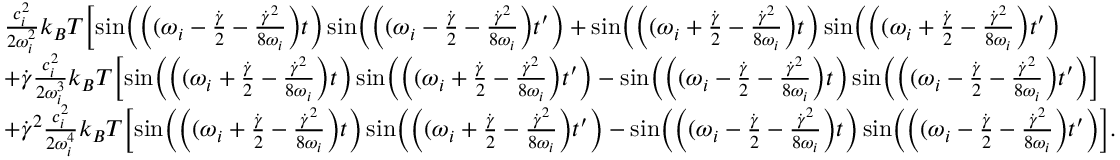
\begin{array} { r l } & { \frac { c _ { i } ^ { 2 } } { 2 \omega _ { i } ^ { 2 } } k _ { B } T \Bigl [ \sin \Bigl ( \Bigl ( ( \omega _ { i } - \frac { \dot { \gamma } } { 2 } - \frac { \dot { \gamma } ^ { 2 } } { 8 \omega _ { i } } \Bigr ) t \Bigr ) \sin \Bigl ( \Bigl ( ( \omega _ { i } - \frac { \dot { \gamma } } { 2 } - \frac { \dot { \gamma } ^ { 2 } } { 8 \omega _ { i } } \Bigr ) t ^ { \prime } \Bigr ) + \sin \Bigl ( \Bigl ( ( \omega _ { i } + \frac { \dot { \gamma } } { 2 } - \frac { \dot { \gamma } ^ { 2 } } { 8 \omega _ { i } } \Bigr ) t \Bigr ) \sin \Bigl ( \Bigl ( ( \omega _ { i } + \frac { \dot { \gamma } } { 2 } - \frac { \dot { \gamma } ^ { 2 } } { 8 \omega _ { i } } \Bigr ) t ^ { \prime } \Bigr ) } \\ & { + \dot { \gamma } \frac { c _ { i } ^ { 2 } } { 2 \omega _ { i } ^ { 3 } } k _ { B } T \Bigl [ \sin \Bigl ( \Bigl ( ( \omega _ { i } + \frac { \dot { \gamma } } { 2 } - \frac { \dot { \gamma } ^ { 2 } } { 8 \omega _ { i } } \Bigr ) t \Bigr ) \sin \Bigl ( \Bigl ( ( \omega _ { i } + \frac { \dot { \gamma } } { 2 } - \frac { \dot { \gamma } ^ { 2 } } { 8 \omega _ { i } } \Bigr ) t ^ { \prime } \Bigr ) - \sin \Bigl ( \Bigl ( ( \omega _ { i } - \frac { \dot { \gamma } } { 2 } - \frac { \dot { \gamma } ^ { 2 } } { 8 \omega _ { i } } \Bigr ) t \Bigr ) \sin \Bigl ( \Bigl ( ( \omega _ { i } - \frac { \dot { \gamma } } { 2 } - \frac { \dot { \gamma } ^ { 2 } } { 8 \omega _ { i } } \Bigr ) t ^ { \prime } \Bigr ) \Bigr ] } \\ & { + \dot { \gamma } ^ { 2 } \frac { c _ { i } ^ { 2 } } { 2 \omega _ { i } ^ { 4 } } k _ { B } T \Bigl [ \sin \Bigl ( \Bigl ( ( \omega _ { i } + \frac { \dot { \gamma } } { 2 } - \frac { \dot { \gamma } ^ { 2 } } { 8 \omega _ { i } } \Bigr ) t \Bigr ) \sin \Bigl ( \Bigl ( ( \omega _ { i } + \frac { \dot { \gamma } } { 2 } - \frac { \dot { \gamma } ^ { 2 } } { 8 \omega _ { i } } \Bigr ) t ^ { \prime } \Bigr ) - \sin \Bigl ( \Bigl ( ( \omega _ { i } - \frac { \dot { \gamma } } { 2 } - \frac { \dot { \gamma } ^ { 2 } } { 8 \omega _ { i } } \Bigr ) t \Bigr ) \sin \Bigl ( \Bigl ( ( \omega _ { i } - \frac { \dot { \gamma } } { 2 } - \frac { \dot { \gamma } ^ { 2 } } { 8 \omega _ { i } } \Bigr ) t ^ { \prime } \Bigr ) \Bigr ] . } \end{array}